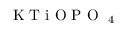
\mathrm { ~ K ~ T ~ i ~ O ~ P ~ O ~ } _ { \mathrm { ~ 4 ~ } }